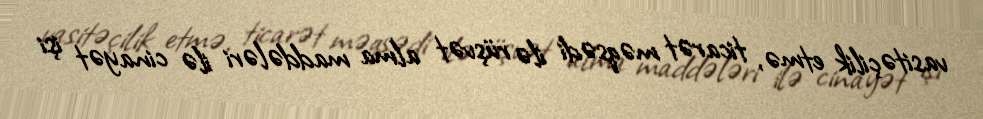
vasitəçilik etmə, ticarət məqsədi ilə rüşvət alma maddələri ilə cinayət işi